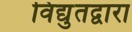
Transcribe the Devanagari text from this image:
विद्युतद्वारा